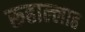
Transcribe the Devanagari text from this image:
रूहाल्लाह